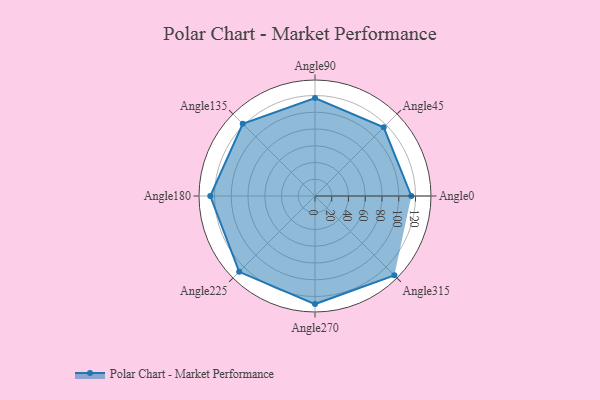
{"axis": {"x": "Angle", "y": "Radius"}, "legend": [""], "data": [{"x": "Angle0", "y": 115.0, "type": ""}, {"x": "Angle45", "y": 116.0, "type": ""}, {"x": "Angle90", "y": 117.0, "type": ""}, {"x": "Angle135", "y": 122.0, "type": ""}, {"x": "Angle180", "y": 125.0, "type": ""}, {"x": "Angle225", "y": 128.0, "type": ""}, {"x": "Angle270", "y": 129.0, "type": ""}, {"x": "Angle315", "y": 134.0, "type": ""}]}